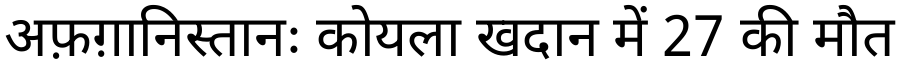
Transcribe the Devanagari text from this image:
अफ़ग़ानिस्तानः कोयला खदान में 27 की मौत